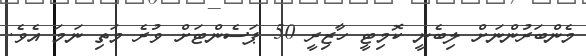
މެންބަރުންނަށް ލިބެނީ ކޮމިޓީ ހާޒިރީ 50 ޕަސެންޓަށް ވުރެ މަތި ނަމަ އެވެ.